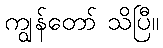
ကျွန်တော် သိပြီ။